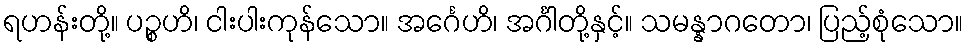
ရဟန်းတို့။ ပဉ္စဟိ၊ ငါးပါးကုန်သော။ အင်္ဂေဟိ၊ အင်္ဂါတို့နှင့်။ သမန္နာဂတော၊ ပြည့်စုံသော။